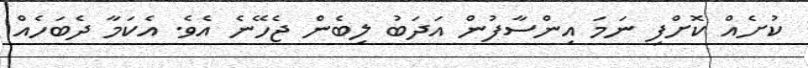
ކުށެއް ކޮށްފި ނަމަ އިންސާފުން އަދަބު ލިބެން ޖެހޭނެ އެވެ. އެކަމާ ދެބަހެއް